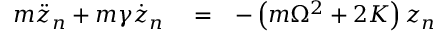
\begin{array} { r l r } { m \ddot { z } _ { n } + m \gamma \dot { z } _ { n } } & { { } = } & { - \left( m \Omega ^ { 2 } + 2 K \right) z _ { n } } \end{array}